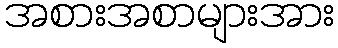
အစားအစာများအား